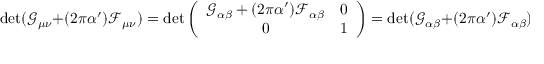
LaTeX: \operatorname * { d e t } ( \mathcal { G } _ { \mu \nu } + ( 2 \pi \alpha ^ { \prime } ) \mathcal { F } _ { \mu \nu } ) = \operatorname * { d e t } \left( \begin{array} { c c } { { \mathcal { G } _ { \alpha \beta } + ( 2 \pi \alpha ^ { \prime } ) \mathcal { F } _ { \alpha \beta } } } & { { 0 } } \\ { { 0 } } & { { 1 } } \end{array} \right) = \operatorname * { d e t } ( \mathcal { G } _ { \alpha \beta } + ( 2 \pi \alpha ^ { \prime } ) \mathcal { F } _ { \alpha \beta } ) .